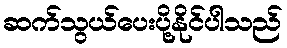
ဆက်သွယ်ပေးပို့နိုင်ပါသည်